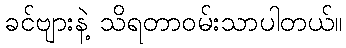
ခင်ဗျားနဲ့ သိရတာဝမ်းသာပါတယ်။